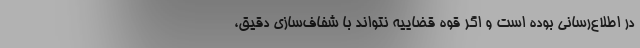
در اطلاع‌رسانی بوده است و اگر قوه قضاییه نتواند با شفاف‌سازی دقیق،